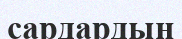
сардардың